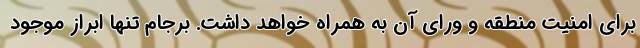
برای امنیت منطقه و ورای آن به همراه خواهد داشت. برجام تنها ابراز موجود